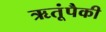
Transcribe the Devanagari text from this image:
ऋतूंपैकी